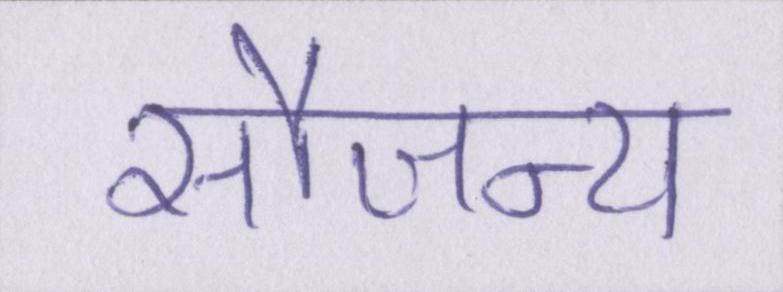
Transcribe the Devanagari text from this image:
सौजन्य